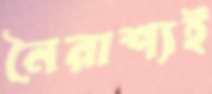
নৈরাশ্যই